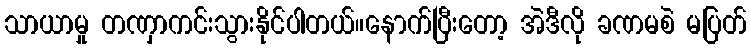
သာယာမှု တဏှာကင်းသွားနိုင်ပါတယ်။နောက်ပြီးတော့ အဲဒီလို ခဏမစဲ မပြတ်